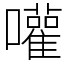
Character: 嚾